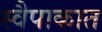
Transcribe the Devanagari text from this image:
स्वैपाकात